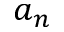
a _ { n }